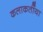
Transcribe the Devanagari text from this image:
कलाकर्तीया